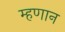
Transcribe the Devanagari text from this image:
म्हणान